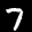
Label: 7